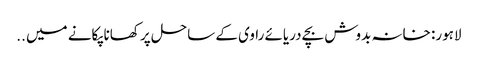
لاہور: خانہ بدوش بچے دریائے راوی کے ساحل پر کھانا پکانے میں ..